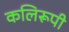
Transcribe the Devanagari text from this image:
कलिरूपी